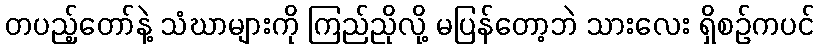
တပည့်တော်နဲ့ သံဃာများကို ကြည်ညိုလို့ မပြန်တော့ဘဲ သားလေး ရှိစဉ်ကပင်